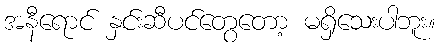
အနီရောင် နှင်းဆီပင်တွေတော့ မရှိသေးပါဘူး။